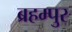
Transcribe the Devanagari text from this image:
ब्रहम्पुर